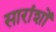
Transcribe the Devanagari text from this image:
सारांशों